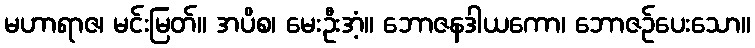
မဟာရာဇ၊ မင်းမြတ်။ အပိစ၊ မေးဦးအံ့။ ဘောဇနဒါယကော၊ ဘောဇဉ်ပေးသော။